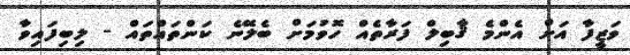
ވަޒީފާ އަށް އެންމެ ޤާބިލް ފަރާތެއް ހޮވުމަށް ބެލޭނެ ކަންތައްތައް - ލިބިފައިވާ